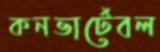
কনভার্টেবল